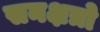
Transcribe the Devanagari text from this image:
सनक्षत्रो